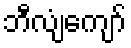
ဘီလျံကျော်